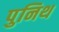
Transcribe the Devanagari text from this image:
पुनिथ